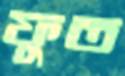
ফুত